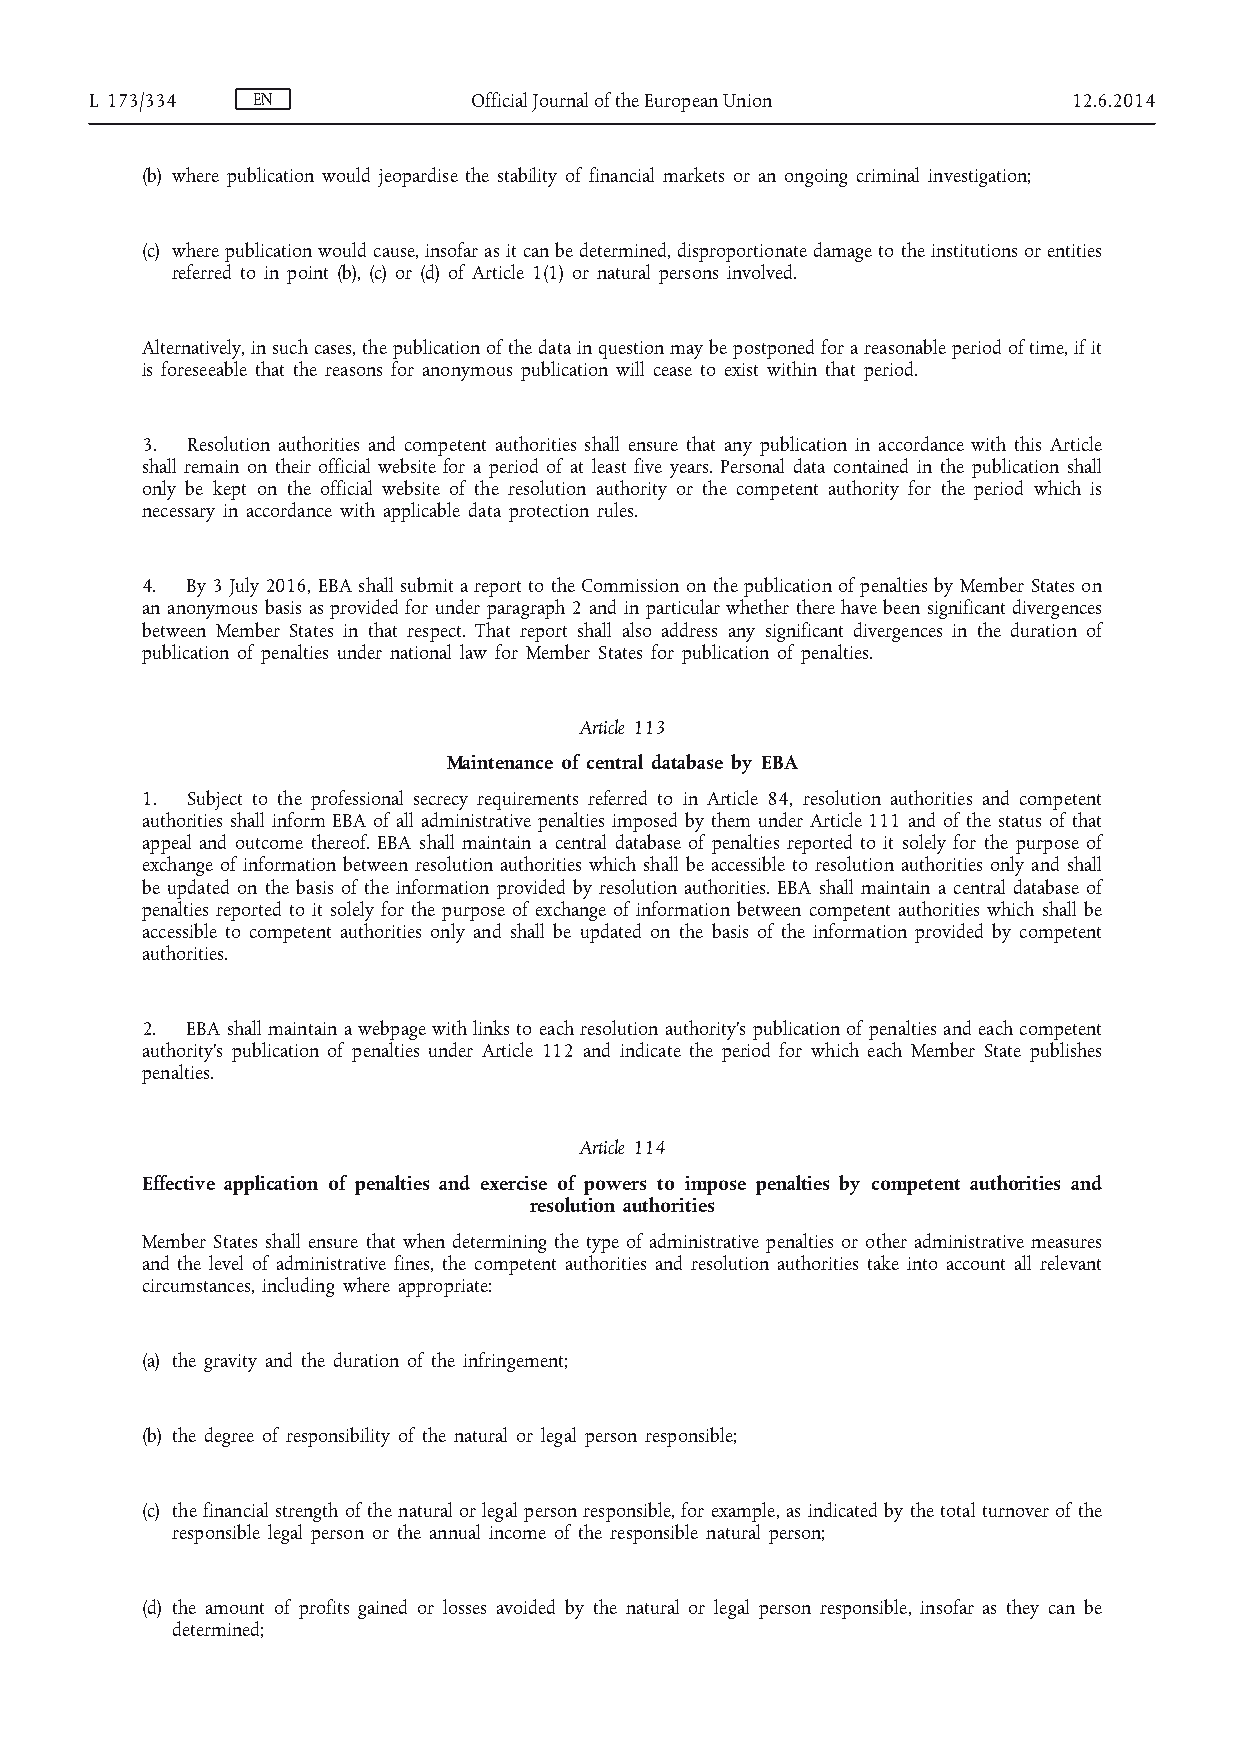
L 173/334  EN            Official Journal of the European Union  12.6.2014
 (b) where publication would jeopardise the stability of financial markets or an ongoing criminal investigation;
 (c) where publication would cause, insofar as it can be determined, disproportionate damage to the institutions or entities
 referred to in point (b), (c) or (d) of Article 1(1) or natural persons involved.
 Alternatively, in such cases, the publication of the data in question may be postponed for a reasonable period of time, if it
 is foreseeable that the reasons for anonymous publication will cease to exist within that period.
 3. Resolution authorities and competent authorities shall ensure that any publication in accordance with this Article
 shall remain on their official website for a period of at least five years. Personal data contained in the publication shall
 only be kept on the official website of the resolution authority or the competent authority for the period which is
 necessary in accordance with applicable data protection rules.
 4. By 3 July 2016, EBA shall submit a report to the Commission on the publication of penalties by Member States on
 an anonymous basis as provided for under paragraph 2 and in particular whether there have been significant divergences
 between Member States in that respect. That report shall also address any significant divergences in the duration of
 publication of penalties under national law for Member States for publication of penalties.
 Article 113
 Maintenance of central database by EBA
 1. Subject to the professional secrecy requirements referred to in Article 84, resolution authorities and competent
 authorities shall inform EBA of all administrative penalties imposed by them under Article 111 and of the status of that
 appeal and outcome thereof. EBA shall maintain a central database of penalties reported to it solely for the purpose of
 exchange of information between resolution authorities which shall be accessible to resolution authorities only and shall
 be updated on the basis of the information provided by resolution authorities. EBA shall maintain a central database of
 penalties reported to it solely for the purpose of exchange of information between competent authorities which shall be
 accessible to competent authorities only and shall be updated on the basis of the information provided by competent
 authorities.
 2. EBA shall maintain a webpage with links to each resolution authority’s publication of penalties and each competent
 authority’s publication of penalties under Article 112 and indicate the period for which each Member State publishes
 penalties.
 Article 114
 Effective application of penalties and exercise of powers to impose penalties by competent authorities and
 resolution authorities
 Member States shall ensure that when determining the type of administrative penalties or other administrative measures
 and the level of administrative fines, the competent authorities and resolution authorities take into account all relevant
 circumstances, including where appropriate:
 (a) the gravity and the duration of the infringement;
 (b) the degree of responsibility of the natural or legal person responsible;
 (c) the financial strength of the natural or legal person responsible, for example, as indicated by the total turnover of the
 responsible legal person or the annual income of the responsible natural person;
 (d) the amount of profits gained or losses avoided by the natural or legal person responsible, insofar as they can be
 determined;